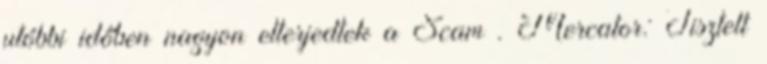
utóbbi időben nagyon elterjedtek a Scam . Mercator: Tisztelt